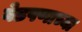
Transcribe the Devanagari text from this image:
वेडपणाच्या